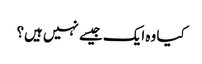
کیا وہ ایک جیسے نہیں ہیں؟